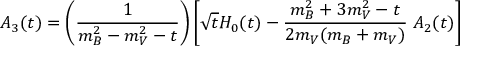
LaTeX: A _ { 3 } ( t ) = \left( \frac { 1 } { m _ { B } ^ { 2 } - m _ { V } ^ { 2 } - t } \right) \left[ \sqrt { t } H _ { 0 } ( t ) - \frac { m _ { B } ^ { 2 } + 3 m _ { V } ^ { 2 } - t } { 2 m _ { V } ( m _ { B } + m _ { V } ) } \; A _ { 2 } ( t ) \right]